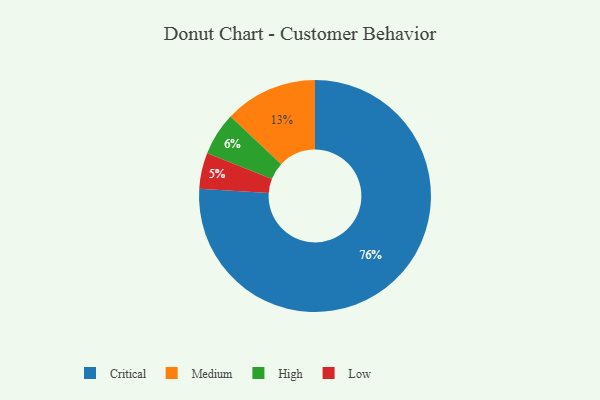
{"axis": {"x": "Category", "y": "Percentage"}, "legend": ["Critical", "High", "Low", "Medium"], "data": [{"x": "Critical", "y": 76, "type": "Critical"}, {"x": "High", "y": 6, "type": "High"}, {"x": "Low", "y": 5, "type": "Low"}, {"x": "Medium", "y": 13, "type": "Medium"}]}